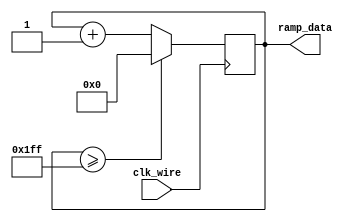
`timescale 1ns / 1ps
//////////////////////////////////////////////////////////////////////////////////
// Company: 
// Engineer: 
// 
// Design Name: 
// Module Name: Draw_Ramp
// Project Name: 
// Target Devices: 
// Tool Versions: 
// Description: 
// 
// Dependencies: 
// 
// Revision:
// Revision 0.01 - File Created
// Additional Comments:
// 
//////////////////////////////////////////////////////////////////////////////////


module Draw_Ramp(
    input clk_wire,
    output reg [9:0] ramp_data
    );
    
    reg [9:0] Sample_Memory[1279:0];
    reg [10:0] i = 0;
    
    always @ (posedge clk_wire) begin
        i = (i==1279) ? 0 : i + 1;
        ramp_data <= (ramp_data >= 511) ? 0 : ramp_data + 1;
    end
    
endmodule